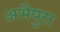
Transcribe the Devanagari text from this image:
अभैपुरा